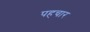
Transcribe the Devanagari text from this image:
पहचार